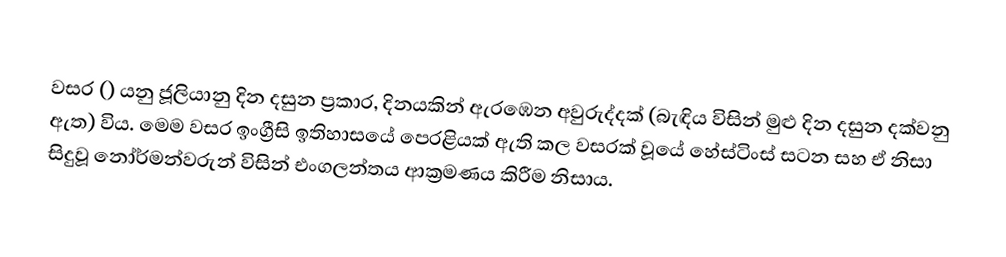

වසර   () යනු ජූලියානු දින දසුන ප්‍රකාර,    දිනයකින් ඇරඹෙන  අවුරුද්දක් (බැඳිය විසින් මුළු දින දසුන දක්වනු ඇත) විය. මෙම වසර ඉංග්‍රීසි ඉතිහාසයේ පෙරළියක් ඇති කල වසරක් වූයේ හේස්ටිංස් සටන සහ ඒ නිසා සිදුවූ නෝර්මන්වරුන් විසින් එංගලන්තය ආක්‍රමණය කිරීම නිසාය.